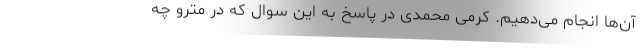
آن‌ها انجام می‌دهیم. کرمی محمدی در پاسخ به این سوال که در مترو چه